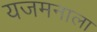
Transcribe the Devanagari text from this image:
यजमनाला